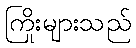
ကြိုးများသည်